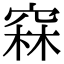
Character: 𥦝